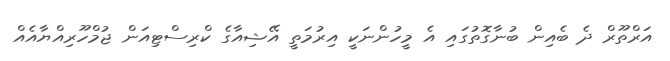
އަރްތޫރް ދެ ބެއިން ބުނާގޮތުގައި އެ މީހުންނަކީ އިރުމަތީ އޭޝިއާގެ ކްރިސްޓިއަން ޖުމްހޫރިއްޔާއެއް